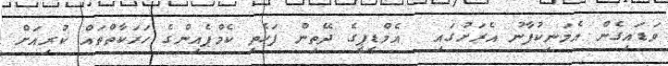
ވަޑައިގެން އެމަނިކުފާނު އެރަށުގައި  އެމްޑީޕީގެ ދޭތިން ފަހެތި ކެމްޕެއިންގެ ހަރަކާތްތައް ކުރިއަށް